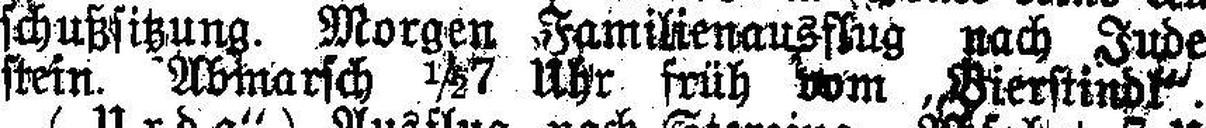
stein. Abmarsch 1½7 Uhr früh vom „Bierstindl“.